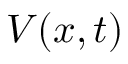
V ( x , t )